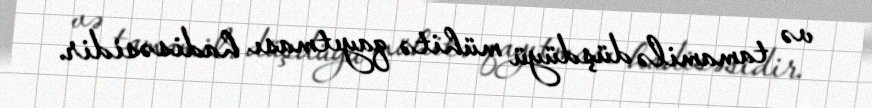
və tamamilə düşdüyü mühitə qayıtması hadisəsidir.